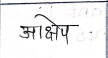
मजकूर: आक्षेप